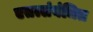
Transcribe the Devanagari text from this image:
एतत्संबंधित